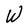
Character: W